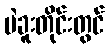
ပဲခူးတိုင်းတွင်